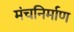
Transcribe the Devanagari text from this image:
मंचनिर्माण